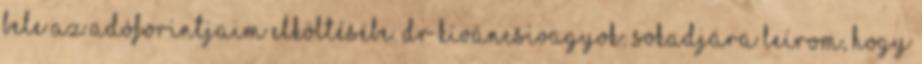
bele az adóforintjaim elköltésébe. dr kíváncsivagyok: Sokadjára leírom, hogy